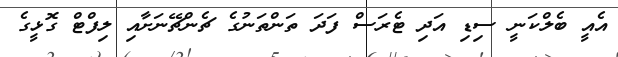
އެއީ ބެލްކަނީ ސިޑި އަދި ޓެރަސް ފަދަ ތަންތަނުގެ ޗެންޗޭނަށާއި ލިފްޓް ގޮޅީގެ